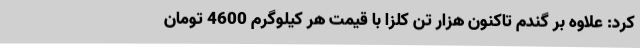
کرد: علاوه بر گندم تاکنون هزار تن کلزا با قیمت هر کیلوگرم 4600 تومان